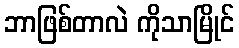
ဘာဖြစ်တာလဲ ကိုသာမြိုင်